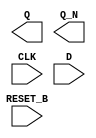
module sky130_fd_sc_ls__dfrbp (
    Q      ,
    Q_N    ,
    CLK    ,
    D      ,
    RESET_B
);

    output Q      ;
    output Q_N    ;
    input  CLK    ;
    input  D      ;
    input  RESET_B;

    // Voltage supply signals
    supply1 VPWR;
    supply0 VGND;
    supply1 VPB ;
    supply0 VNB ;

endmodule